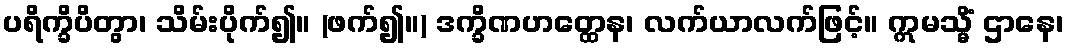
ပရိက္ခိပိတွာ၊ သိမ်းပိုက်၍။ (ဖက်၍။) ဒက္ခိဏဟတ္ထေန၊ လက်ယာလက်ဖြင့်။ ဣမသ္မိံ ဌာနေ၊